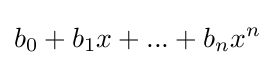
b_{0}+b_{1}x+...+b_{n}x^{n}